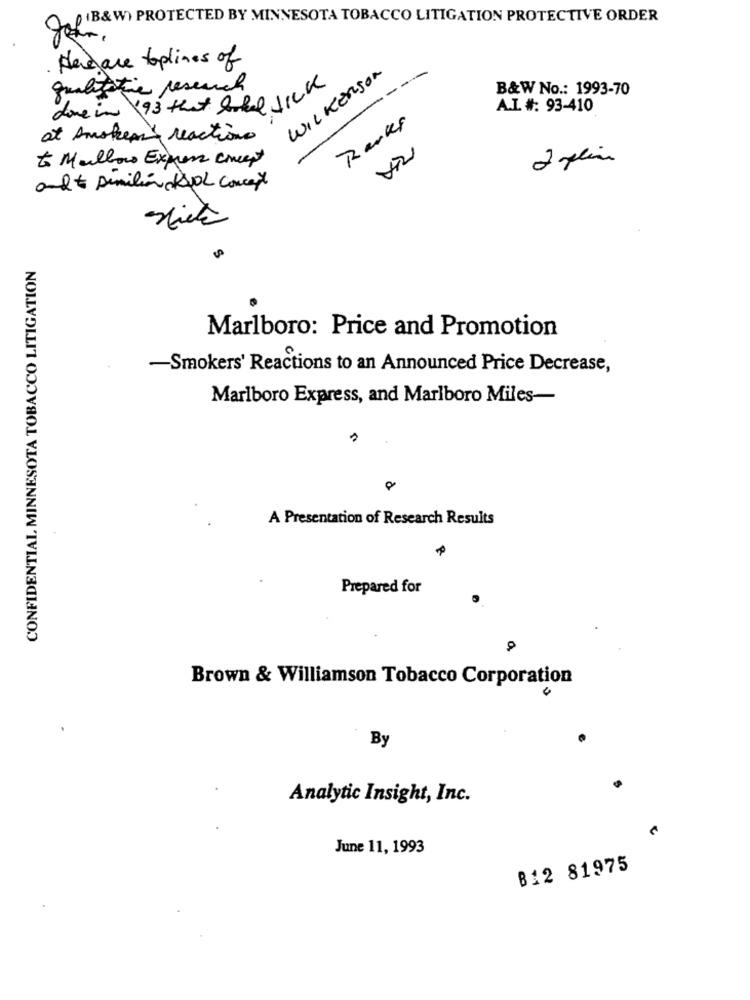
Jof B& W) PROTECTED BY MINNESOTA TOBACCO LITIGATION PROTECTIVE ORDER
Hereare toplines of
WILKERSON
--
qualitative research
B&W No .: 1993-70
done in 193 that Quel 11ch
A.L. #: 93-410
Ranks
at huskepi's reaction
to Mallow Express concept
and similiar KJOL concept
CONFIDENTIAL MINNESOTA TOBACCO LITIGATION
Marlboro: Price and Promotion
-Smokers' Reactions to an Announced Price Decrease,
Marlboro Express, and Marlboro Miles-
A Presentation of Research Results
Prepared for
Brown & Williamson Tobacco Corporation
By
Analytic Insight, Inc.
June 11, 1993
B12 81975